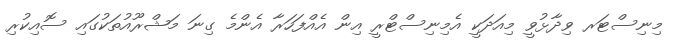
މިނިސްޓަރ ވިދާޅުވީ މިއަދަކީ އެމިނިސްޓްރީ އިން އެއްފަހަރާ އެންމެ ގިނަ މަޝްރޫއުތަކުގައި ސޮއިކުރި